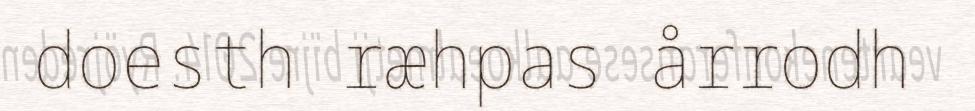
doesth ræhpas årrodh